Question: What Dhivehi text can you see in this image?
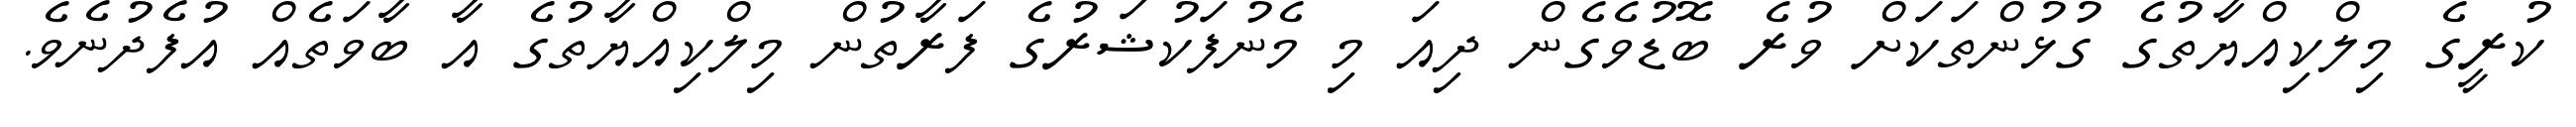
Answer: ކުރީގެ މިލްކިއްޔާތުގެ ގުޅުންތަކަށް ވުރެ ބޮޑުވެގެން ދިއަ މި މެނުފަކުޝަރުގެ ފަރާތުން މިލްކިއްޔާތުގެ އާ ބާވަތެއް އުފެދުނެވެ.